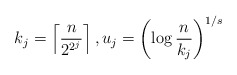
\begin{align*}k_j = \left\lceil \frac{n}{2^{2^j}} \right\rceil, u_j = \left( \log{ \frac{n}{k_j} } \right)^{1/s} \end{align*}